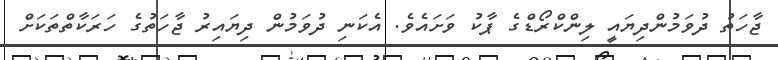
ޖާހަތު ދުވަމުންދިޔައީ ލިންކްރޯޑްގެ ޕާކު ވަށައެވެ. އެކަނި ދުވަމުން ދިޔައިރު ޖާހަތުގެ ހަރަކާތްތަކަށް